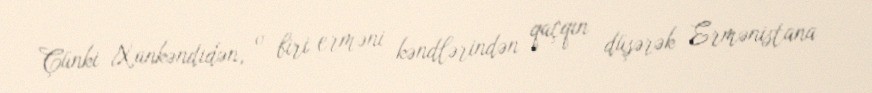
Çünki Xankəndidən, o biri erməni kəndlərindən qaçqın düşərək Ermənistana